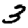
Digit: 3